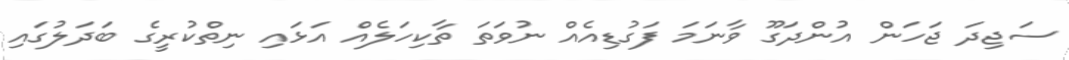
ސަޖިދަ ޖަހަން އުންދަގޫ ވާނަމަ ފަގުޑިއެއް ނުވަތަ ތާކިހަލެއް އަޅައި ނިތްކުރީގެ ބަދަލުގައި